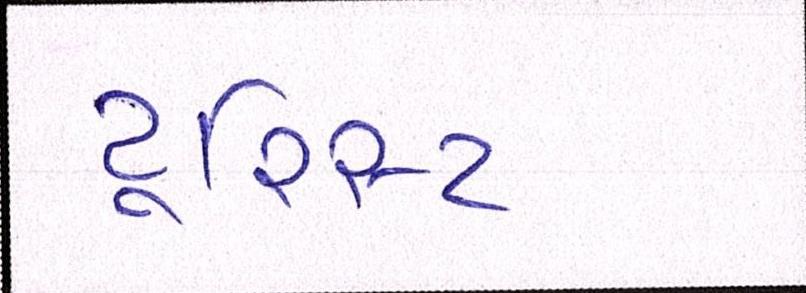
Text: ટૂરિસ્ટ